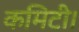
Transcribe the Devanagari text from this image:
कमिटी।